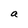
Character: a